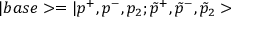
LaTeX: | b a s e > = | p ^ { + } , p ^ { - } , p _ { 2 } ; \tilde { p } ^ { + } , \tilde { p } ^ { - } , \tilde { p } _ { 2 } >